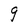
Character: 9